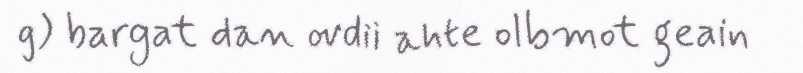
g) bargat dan ovdii ahte olbmot geain